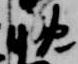
晩